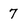
Character: 7